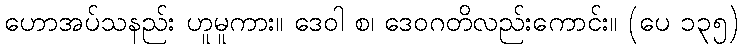
ဟောအပ်သနည်း ဟူမူကား။ ဒေဝါ စ၊ ဒေဝဂတိလည်းကောင်း။ (ပေ ၁၃၅)